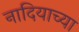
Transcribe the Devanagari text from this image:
नादियाच्या